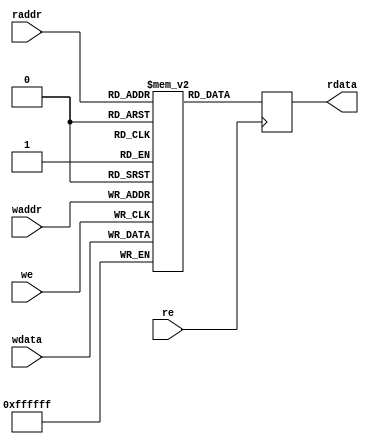
//---------------------------------------
module dpram(
waddr,
raddr,
wdata,
rdata,
re,
we);
//----------------------
input[23:0] wdata;
input[4:0] waddr;
input[4:0] raddr;
input we,re;
//--------------------------------
output[23:0] rdata;
reg[23:0] r_mem[26:0];
reg[23:0] rdata;
always @(posedge we)
begin
	  if(we) 
	      begin
		        r_mem[waddr] = wdata;
		        $display("the %d of the wdata is %O_%O_%O_%O_%O_%O_%O_%O",waddr,
		        wdata[23:21],wdata[20:18],wdata[17:15],wdata[14:12],wdata[11:9],wdata[8:6],wdata[5:3],wdata[2:0]);
	      end
end
//---------------------------------
always@(posedge re)
begin 
	  if(re)
	      begin
            rdata = r_mem[raddr];
            $display("the %d of the rdata is %O_%O_%O_%O_%O_%O_%O_%O",raddr,
		        rdata[23:21],rdata[20:18],rdata[17:15],rdata[14:12],rdata[11:9],rdata[8:6],rdata[5:3],rdata[2:0]);
        end
end
endmodule